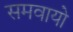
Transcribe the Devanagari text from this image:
समवायो